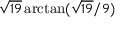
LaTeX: { \sqrt { 1 9 } } \arctan ( { { \sqrt { 1 9 } } / 9 } )